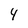
Character: 4